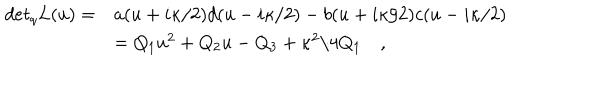
LaTeX: \begin{array} { l l } { { d e t _ { q } L ( u ) = } } & { { a ( u + i \kappa / 2 ) d ( u - i \kappa / 2 ) - b ( u + i \kappa / 2 ) c ( u - i \kappa / 2 ) } } \\ { { \, } } & { { = Q _ { 1 } u ^ { 2 } + Q _ { 2 } u - Q _ { 3 } + \kappa ^ { 2 } / 4 Q _ { 1 } \quad , } } \\ \end{array}